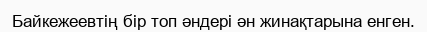
Байкежеевтің бір топ әндері ән жинақтарына енген.